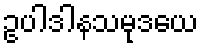
ဥပါဒါနသမုဒယေ